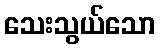
သေးသွယ်သော